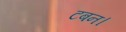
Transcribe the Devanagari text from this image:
टबन।